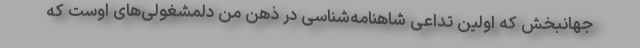
جهانبخش که اولین تداعی شاهنامه‌شناسی در ذهن من دلمشغولی‌های اوست که